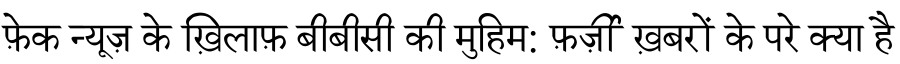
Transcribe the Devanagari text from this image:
फ़ेक न्यूज़ के ख़िलाफ़ बीबीसी की मुहिम: फ़र्ज़ी ख़बरों के परे क्या है